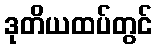
ဒုတိယထပ်တွင်